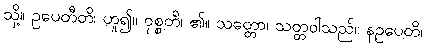
သို့။ ဥပေတီတိ၊ ဟူ၍။ ဝုစ္စတိ၊ ၏။ သတ္တော၊ သတ္တဝါသည်။ နဥပေတိ၊